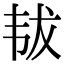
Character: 韨